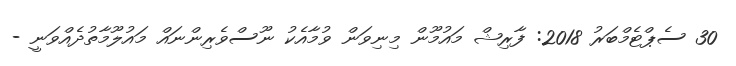
30 ސެޕްޓެމްބަރު 2018: ފާރިޝް މައުމޫން މިނިވަން ވުމާއެކު ނޫސްވެރިންނައް މައުލޫމާތުދެއްވަނީ -